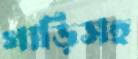
গাড়িসহ